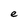
Character: e